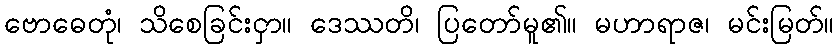
ဗောဓေတုံ၊ သိစေခြင်းငှာ။ ဒေဿတိ၊ ပြတော်မူ၏။ မဟာရာဇ၊ မင်းမြတ်။